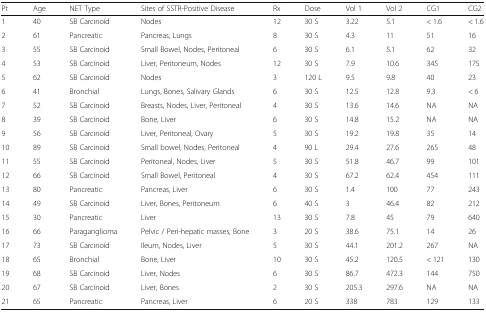
<table><thead><tr><td><b>Pt</b></td><td><b>Age</b></td><td><b>NET Type</b></td><td><b>Sites of SSTR-Positive Disease</b></td><td><b>Rx</b></td><td><b>Dose</b></td><td><b>Vol 1</b></td><td><b>Vol 2</b></td><td><b>CG1</b></td><td><b>CG2</b></td></tr></thead><tbody><tr><td>1</td><td>40</td><td>SB Carcinoid</td><td>Nodes</td><td>12</td><td>30 S</td><td>3.22</td><td>5.1</td><td>&lt; 1.6</td><td>&lt; 1.6</td></tr><tr><td>2</td><td>61</td><td>Pancreatic</td><td>Pancreas, Lungs</td><td>8</td><td>30 S</td><td>4.3</td><td>11</td><td>51</td><td>16</td></tr><tr><td>3</td><td>55</td><td>SB Carcinoid</td><td>Small Bowel, Nodes, Peritoneal</td><td>6</td><td>30 S</td><td>6.1</td><td>5.1</td><td>62</td><td>32</td></tr><tr><td>4</td><td>53</td><td>SB Carcinoid</td><td>Liver, Peritoneum, Nodes</td><td>12</td><td>30 S</td><td>7.9</td><td>10.6</td><td>345</td><td>175</td></tr><tr><td>5</td><td>62</td><td>SB Carcinoid</td><td>Nodes</td><td>3</td><td>120 L</td><td>9.5</td><td>9.8</td><td>40</td><td>23</td></tr><tr><td>6</td><td>41</td><td>Bronchial</td><td>Lungs, Bones, Salivary Glands</td><td>6</td><td>30 S</td><td>12.5</td><td>12.8</td><td>9.3</td><td>&lt; 6</td></tr><tr><td>7</td><td>52</td><td>SB Carcinoid</td><td>Breasts, Nodes, Liver, Peritoneal</td><td>4</td><td>30 S</td><td>13.6</td><td>14.6</td><td>NA</td><td>NA</td></tr><tr><td>8</td><td>39</td><td>SB Carcinoid</td><td>Bone, Liver</td><td>6</td><td>30 S</td><td>14.8</td><td>15.2</td><td>NA</td><td>NA</td></tr><tr><td>9</td><td>56</td><td>SB Carcinoid</td><td>Liver, Peritoneal, Ovary</td><td>5</td><td>30 S</td><td>19.2</td><td>19.8</td><td>35</td><td>14</td></tr><tr><td>10</td><td>89</td><td>SB Carcinoid</td><td>Small bowel, Nodes, Peritoneal</td><td>4</td><td>90 L</td><td>29.4</td><td>27.6</td><td>265</td><td>48</td></tr><tr><td>11</td><td>55</td><td>SB Carcinoid</td><td>Peritoneal, Nodes, Liver</td><td>5</td><td>30 S</td><td>51.8</td><td>46.7</td><td>99</td><td>101</td></tr><tr><td>12</td><td>66</td><td>SB Carcinoid</td><td>Small Bowel, Peritoneal</td><td>4</td><td>30 S</td><td>67.2</td><td>62.4</td><td>454</td><td>111</td></tr><tr><td>13</td><td>80</td><td>Pancreatic</td><td>Pancreas, Liver</td><td>6</td><td>30 S</td><td>1.4</td><td>100</td><td>77</td><td>243</td></tr><tr><td>14</td><td>49</td><td>SB Carcinoid</td><td>Liver, Bones, Peritoneum</td><td>6</td><td>40 S</td><td>3</td><td>46.4</td><td>82</td><td>212</td></tr><tr><td>15</td><td>30</td><td>Pancreatic</td><td>Liver</td><td>13</td><td>30 S</td><td>7.8</td><td>45</td><td>79</td><td>640</td></tr><tr><td>16</td><td>66</td><td>Paraganglioma</td><td>Pelvic / Peri-hepatic masses, Bone</td><td>3</td><td>20 S</td><td>38.6</td><td>75.1</td><td>14</td><td>26</td></tr><tr><td>17</td><td>73</td><td>SB Carcinoid</td><td>Ileum, Nodes, Liver</td><td>5</td><td>30 S</td><td>44.1</td><td>201.2</td><td>267</td><td>NA</td></tr><tr><td>18</td><td>65</td><td>Bronchial</td><td>Bone, Liver</td><td>10</td><td>30 S</td><td>45.2</td><td>120.5</td><td>&lt; 121</td><td>130</td></tr><tr><td>19</td><td>68</td><td>SB Carcinoid</td><td>Liver, Nodes</td><td>6</td><td>30 S</td><td>86.7</td><td>472.3</td><td>144</td><td>750</td></tr><tr><td>20</td><td>67</td><td>SB Carcinoid</td><td>Liver, Bones</td><td>2</td><td>30 S</td><td>205.3</td><td>297.6</td><td>NA</td><td>NA</td></tr><tr><td>21</td><td>65</td><td>Pancreatic</td><td>Pancreas, Liver</td><td>6</td><td>20 S</td><td>338</td><td>783</td><td>129</td><td>133</td></tr></tbody></table>